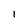
Character: l